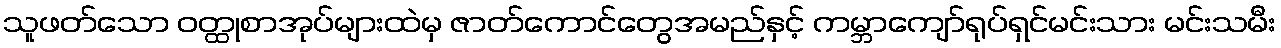
သူဖတ်သော ဝတ္ထုစာအုပ်များထဲမှ ဇာတ်ကောင်တွေအမည်နှင့် ကမ္ဘာကျော်ရုပ်ရှင်မင်းသား မင်းသမီး